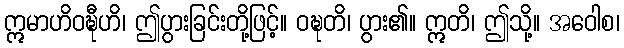
ဣမာဟိဝဍ္ဎီဟိ၊ ဤပွားခြင်းတို့ဖြင့်။ ဝဍ္ဎတိ၊ ပွား၏။ ဣတိ၊ ဤသို့။ အဝေါစ၊